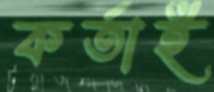
কর্তাই